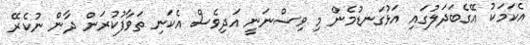
އެކަމަކު އޭގެބަދަލުގައި އަޅުގަނޑުމެން މި ވިސްނަނީ އަދިވެސް އެކަނި ތަވާފުކުރަން ދާން ނުކެރޭ